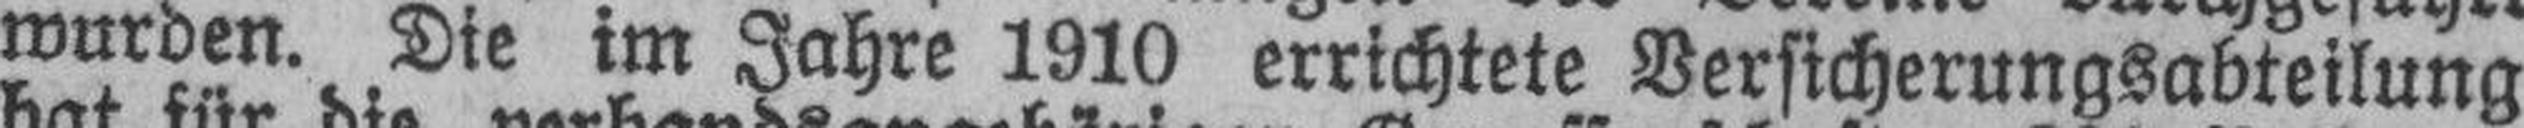
wurden. Die im Jahre 1910 errichtete Versicherungsabteilung